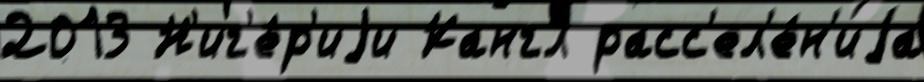
2013 Н'иг'е́р'иjи Кангл расс'ел'е́н'иjа